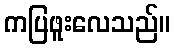
ကပြဖူးလေသည်။